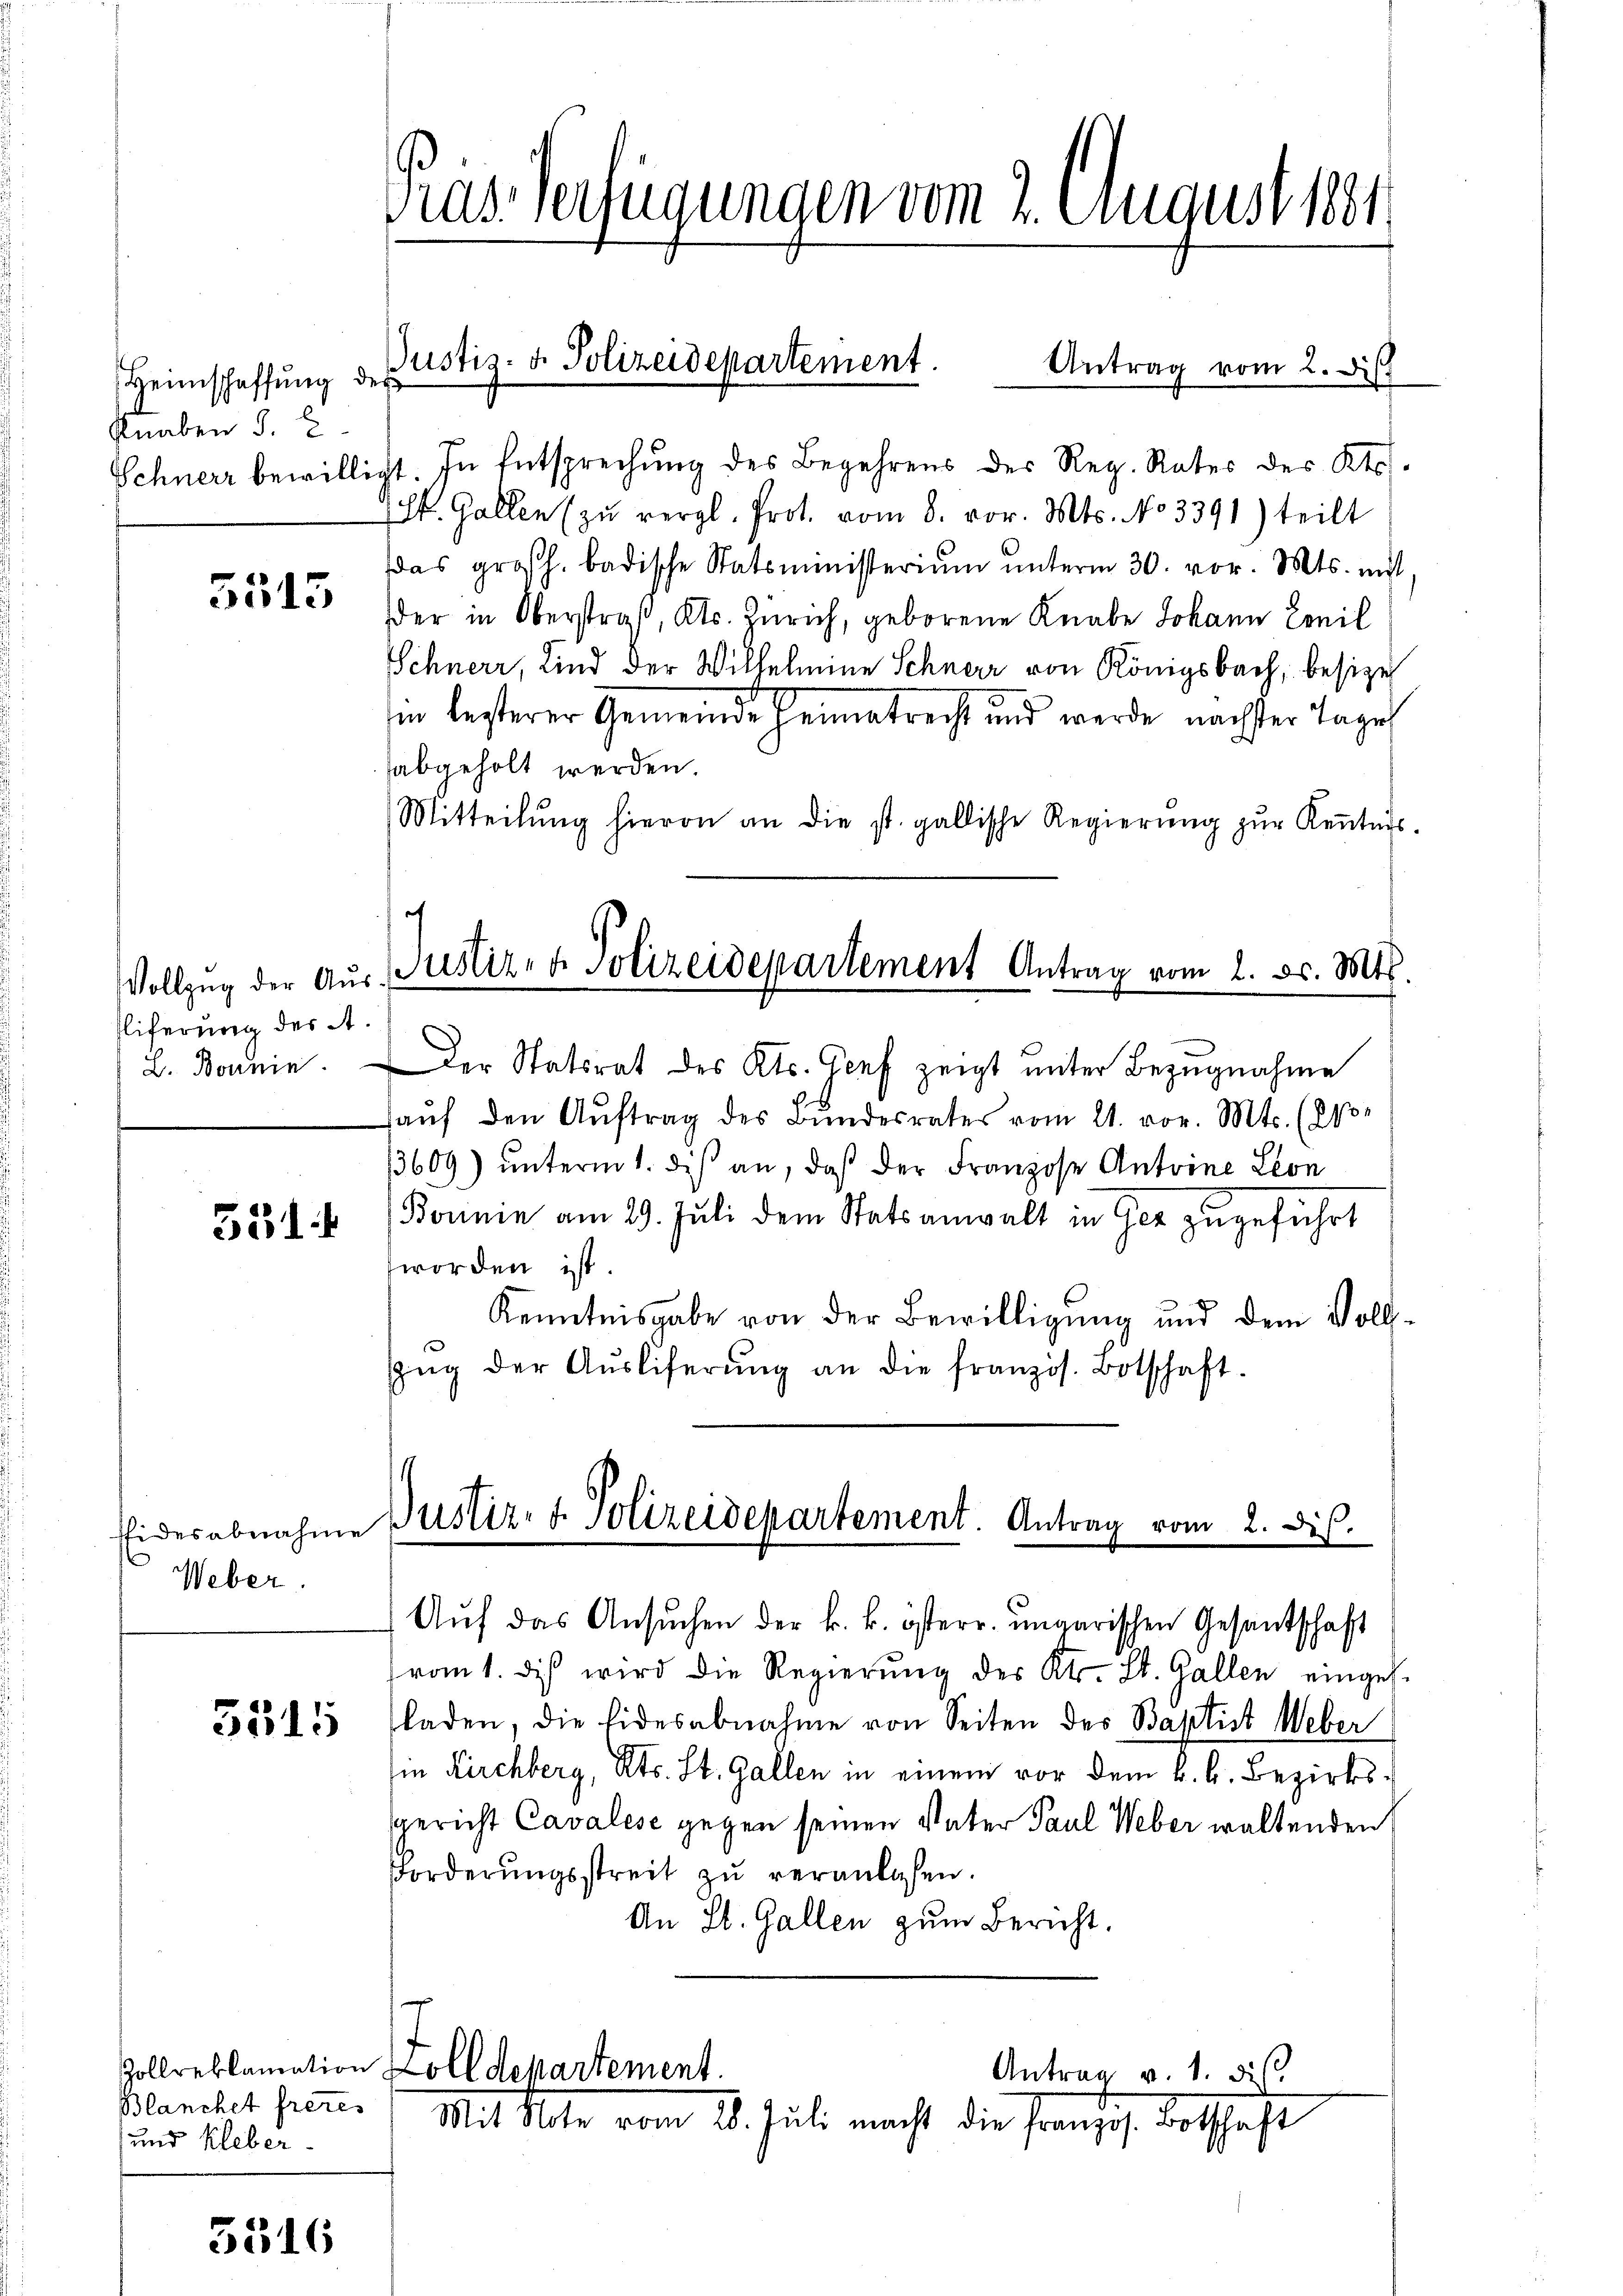
Heimschaffŭng des
Knaben §. 2

5515

Vollzug der Aus¬
Eiferung des A

531. 4

Eidesabnahme
Weber.

3515

Blanchet freies
und kleber

5316

Gras Verfügungen vom 2. August 1881

Schnerz bewilligt. In Entsprechung des Begehrens des Reg. Rates des Kts.
St. Gallen zŭ vergl. Prot. vom 8. vor. Mts. No 3391) teilt
das großh. badische Statsministeriŭm ŭnterm 30. vor. Mts. mit
der in Oberstraß, Kts. Zürich, geborene Knabe Johann Civil
Schnerr, Kind der Wilhelmine Schneer von Königsbach, besize
in besterer Gemeinde Heimatrecht und werde nächster Tage
abgeholt werden.
Mitteilŭng hievon an die st. gallische Regierŭng zŭr Keṅtnis.

Justiz- u. Polizeidepartement. Antrag vom 2. Dist

Justiz- & Polizeidepartement Antrag vom 2. ds. Mts.

Auf das Ansuchen der k. k. österr. ungarischen Gesandschaft

L. Bonnie. Der Statsrat des Kts. Genf zeigt unter Bezugnahme
haŭf den Aŭftrag des Bŭndesrates vom 21. vor. Mts. (dp
3609) ŭnterm 1. diβ an, daß der Franzose Antoine Leon
Bornin am 29. Juli dem Statsanwalt in Ger zugeführt
worden ist.
Kenntnisgabe von der Bewilligung und dem Volls
Zŭg der Aŭsliferŭng an die französ. Botschaft.
Justiz- u. Polizeidepartement. Antrag vom 2. Dis.

vomt. Dies wird die Regierung des Kt. St. Gallen einges.
laden, die Eidesabnahme von Seiten des Baptist Weber
ie Kirchberg, Kts. St. Gallen in einem vor dem k. k. Bezirks¬
Gericht Cavalese gegen seinen Vater Paul Weber waltenden
Forderŭngsstreit zŭ veranlassen.
An St. Gallen zum Bericht.
Zollreklamation Zolldepartement.
Antrag v. 1. des
Mit Alter vom 8. Juli macht die franzis Botschaft